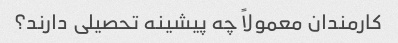
کارمندان معمولاً چه پیشینه تحصیلی دارند؟